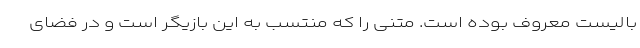
بالیست معروف بوده است. متنی را که منتسب به این بازیگر است و در فضای